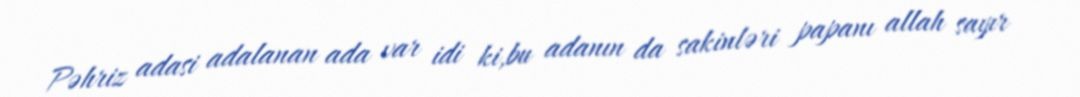
Pəhriz adasi adalanan ada var idi ki,bu adanın da sakinləri papanı allah sayır